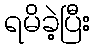
ရမိခဲ့ပြီး